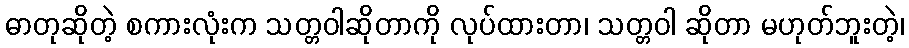
ဓာတုဆိုတဲ့ စကားလုံးက သတ္တဝါဆိုတာကို လုပ်ထားတာ၊ သတ္တဝါ ဆိုတာ မဟုတ်ဘူးတဲ့၊